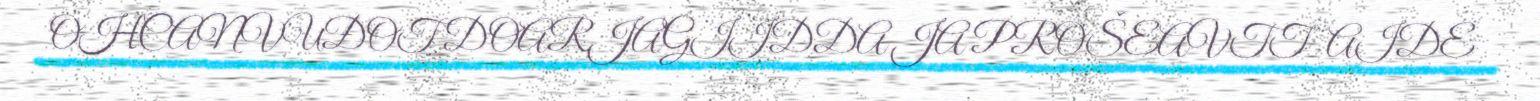
OHCANVUĐOT DOARJAGIIDDA JA PROŠEAVTTAIDE